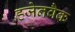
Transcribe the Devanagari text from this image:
हजेनवैक